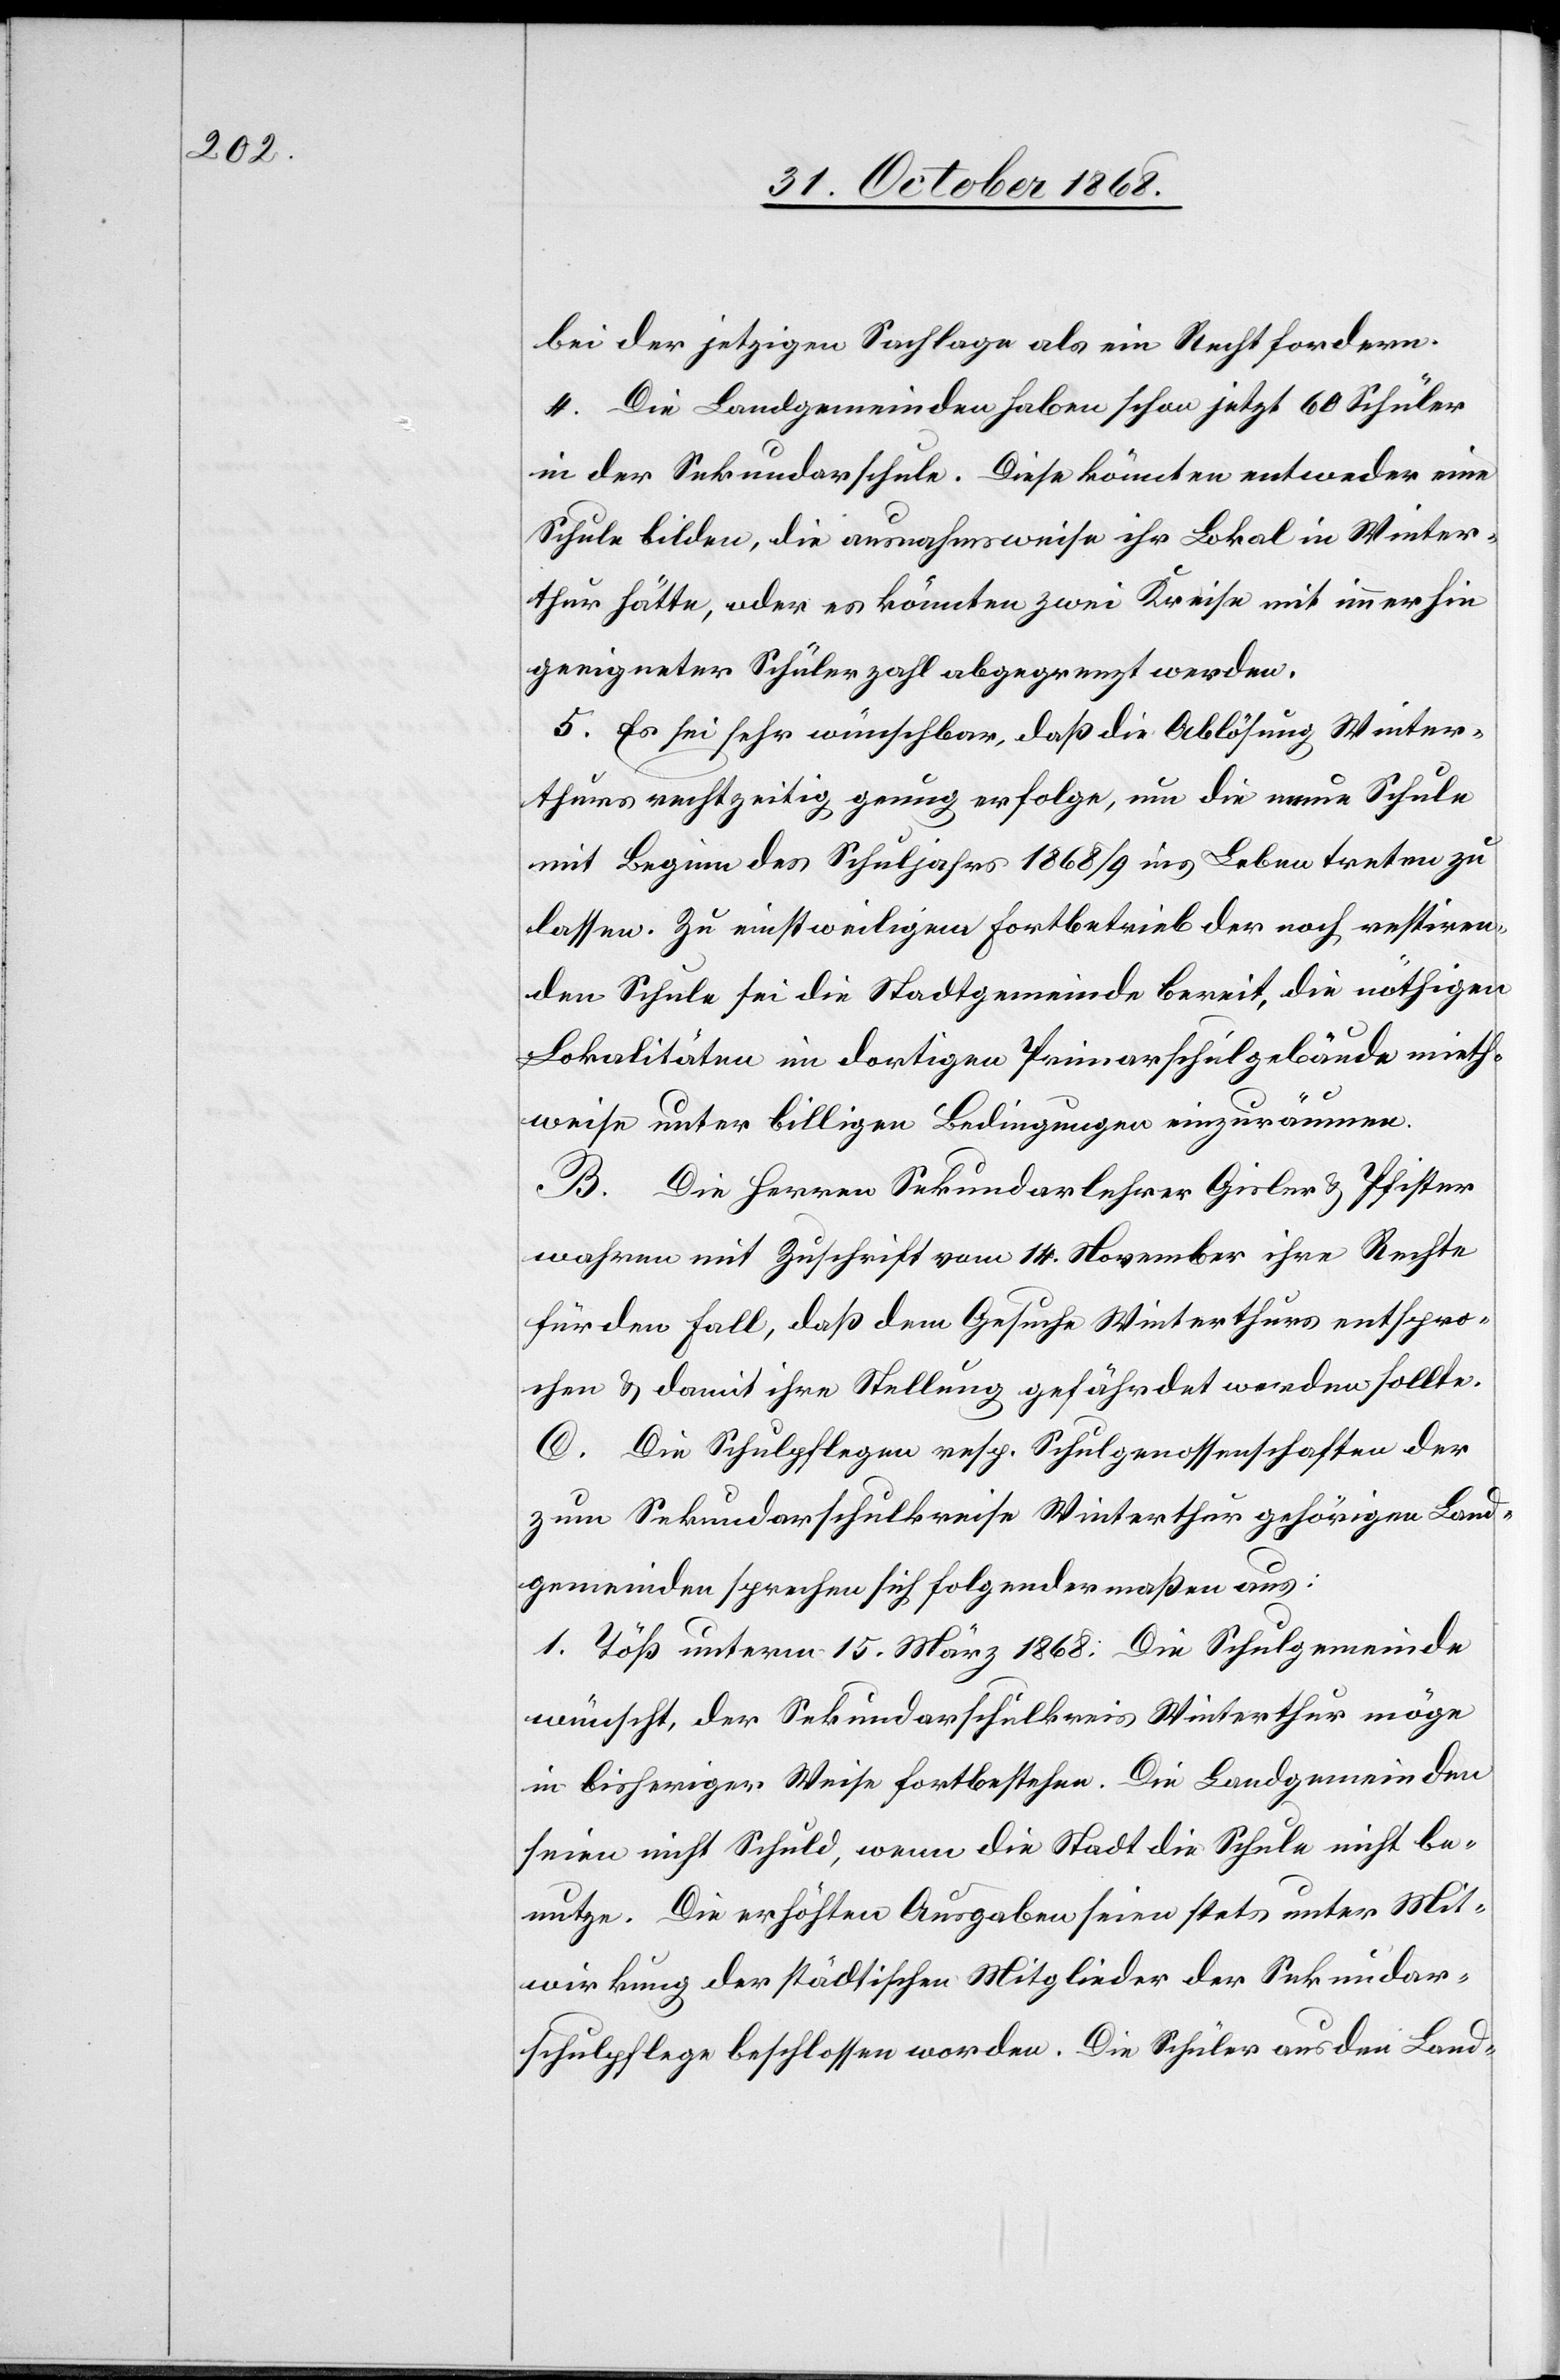
bei der jetzigen Sachlage als ein Recht fordern.
4. Die Landgemeinden haben schon jetzt 60 Schüler
in der Sekundarschule. Diese könnten entweder eine
Schule bilden, die ausnahmsweise ihr Lokal in Winter¬
thur hätte, oder es könnten zwei Kreise mit immerhin
geeigneter Schülerzahl abgegrenzt werden.
5. Es sei sehr wünschbar, daß die Ablösung Winter¬
thurs rechtzeitig genug erfolge, um die neue Schule
mit Beginn des Schuljahrs 1868/9 ins Leben treten zu
lassen. Zu einstweiligem Fortbetrieb der noch restiren¬
den Schule sei die Stadtgemeinde bereit, die nöthigen
Lokalitäten im dortigen Primarschulgebäude mieth¬
weise unter billigen Bedingungen einzuräumen.
B. Die Herren Sekundarlehrer Gisler & Pfister
wahren mit Zuschrift vom 14. November ihre Rechte
für den Fall, daß dem Gesuche Winterthurs entspro¬
chen & damit ihre Stellung gefährdet werden sollte.
C. Die Schulpflegen resp. Schulgenossenschaften der
zum Sekundarschulkreise Winterthur gehörigen Land¬
gemeinden sprechen sich folgendermaßen aus:
1. Töß unterm 15. März 1868: Die Schulgemeinde
wünscht, der Sekundarschulkreis Winterthur möge
in bisheriger Weise fortbestehen. Die Landgemeinden
seien nicht Schuld, wenn die Stadt die Schule nicht be¬
nutze. Die erhöhten Ausgaben seien stets unter Mit¬
wirkung der städtischen Mitglieder der Sekundar¬
schulpflege beschlossen worden. Die Schüler aus den Land-